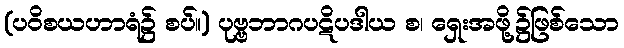
(ပဝိစယဟာရံ၌ စပ်။) ပုဗ္ဗဘာဂပဋိပဒါယ စ၊ ရှေးအဖို့၌ဖြစ်သော